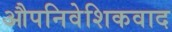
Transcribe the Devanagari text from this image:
औपनिवेशिकवाद